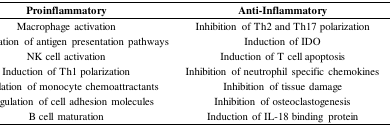
| Proinflammatory | Anti-Inflammatory |
 | --- | --- |
 | Macrophage activation | Inhibition of Th2 and Th17 polarization |
 | Upregulation of antigen presentation pathways | Induction of IDO |
 | NK cell activation | Induction of T cell apoptosis |
 | Induction of Th1 polarization | Inhibition of neutrophil specific chemokines |
 | Stimulation of monocyte chemoattractants | Inhibition of tissue damage |
 | Upregulation of cell adhesion molecules | Inhibition of osteoclastogenesis |
 | B cell maturation | Induction of IL-18 binding protein |